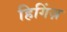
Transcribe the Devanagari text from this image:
हिगिंज़